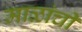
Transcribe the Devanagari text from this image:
माळांची